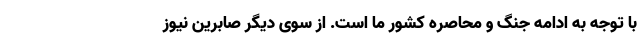
با توجه به ادامه جنگ و محاصره کشور ما است. از سوی دیگر صابرین نیوز